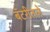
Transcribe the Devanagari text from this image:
बॅटरीतले